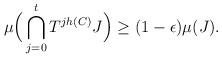
LaTeX: \begin{align*}\mu\Big(\bigcap_{j=0}^{t}T^{jh(C)}J\Big) \geq (1-\epsilon)\mu(J).\end{align*}